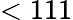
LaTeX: <111